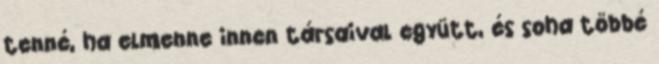
tenné, ha elmenne innen társaival együtt, és soha többé